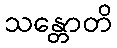
သန္တောတိ